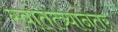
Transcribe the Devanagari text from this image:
स्वांतत्त्र्यानंतर